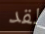
لقد